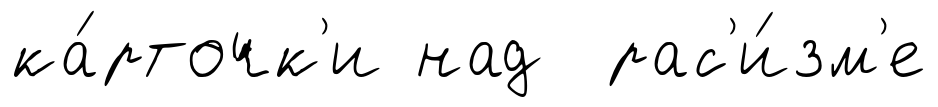
ка́рточк'и над рас'и́зм'е